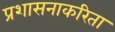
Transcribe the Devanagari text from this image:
प्रशासनाकरिता